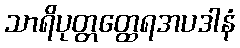
သာရိပုတ္တတ္ထေရအပဒါနံ